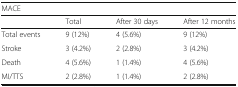
<table><thead><tr><td colspan="4"><b>MACE</b></td></tr><tr><td></td><td><b>Total</b></td><td><b>After 30 days</b></td><td><b>After 12 months</b></td></tr></thead><tbody><tr><td>Total events</td><td>9 (12%)</td><td>4 (5.6%)</td><td>9 (12%)</td></tr><tr><td>Stroke</td><td>3 (4.2%)</td><td>2 (2.8%)</td><td>3 (4.2%)</td></tr><tr><td>Death</td><td>4 (5.6%)</td><td>1 (1.4%)</td><td>4 (5.6%)</td></tr><tr><td>MI/TTS</td><td>2 (2.8%)</td><td>1 (1.4%)</td><td>2 (2.8%)</td></tr></tbody></table>